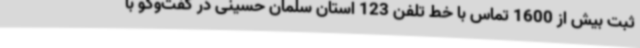
ثبت بیش از 1600 تماس با خط تلفن 123 استان سلمان حسینی در گفت‌وگو با